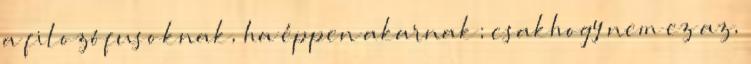
a filozófusoknak, ha éppen akarnak; csakhogy nem ez az,